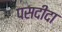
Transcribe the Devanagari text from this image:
पसदीदा